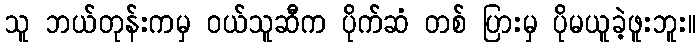
သူ ဘယ်တုန်းကမှ ဝယ်သူဆီက ပိုက်ဆံ တစ် ပြားမှ ပိုမယူခဲ့ဖူးဘူး။